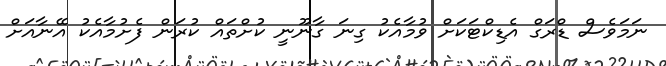
ނަމަވެސް ޑްރަގް އެޑިކްޓަކަށް ވުމާއެކު ގިނަ ގާނޫނީ ކުށްތައް ކުރަން ފެށުމާއެކު އޭނާއަށް